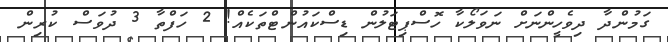
ގަމުންދާ ދިވެހީންނަށް ނަވަލޯކާ ހޮސްޕިޓަލުން ޑިސްކައުންޓްތަކެއް! 2 ހަފްތާ 3 ދުވަސް ކުރިން